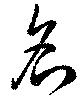
名